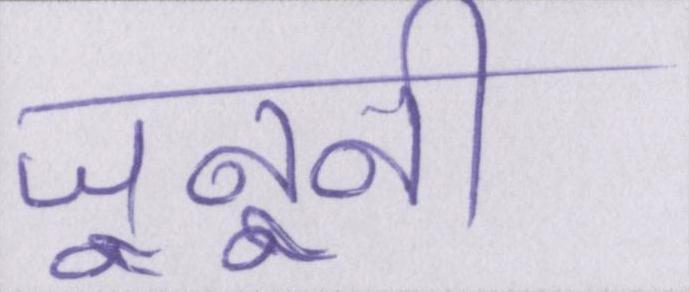
जूनूनी